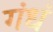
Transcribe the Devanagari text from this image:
गंधं